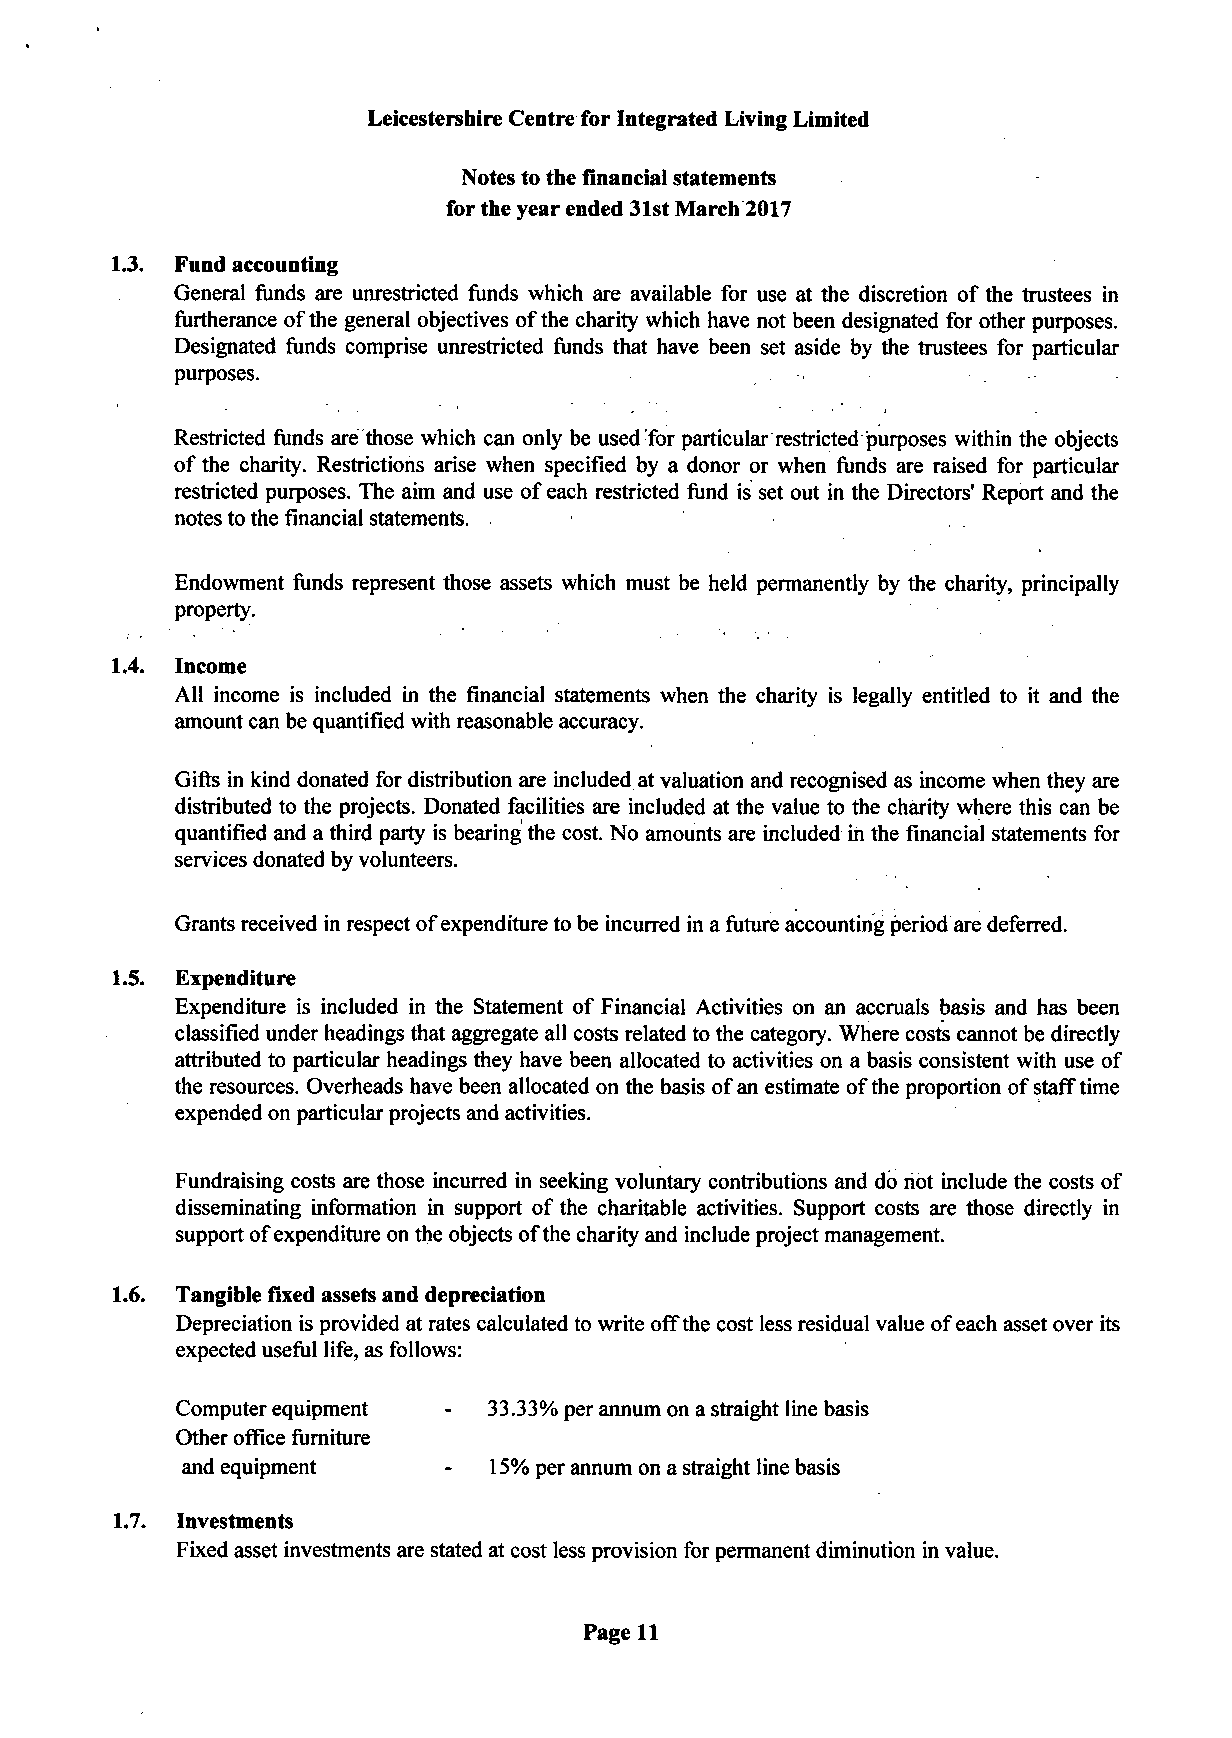
Leicestershire Centre for Integrated Living Limited
 Notes to the financial statements
 for the year ended 31st March 2017
 1.3. Fund accounting
 General funds are unrestricted funds which are available for use at the discretion of the trustees in
 furtherance of the general objectives of the charity which have not been designated for other purposes.
 Designated funds comprise unrestricted funds that have been set aside by the trustees for particular
 purposes.
 Restricted funds are those which can only be used for particular restricted purposes within the objects
 of the charity. Restrictions arise when specified by a donor or when funds are raised for particular
 restricted purposes. The aim and use of each restricted fund is set out in the Directors' Report and the
 notes to the financial statements.
 Endowment funds represent those assets which must be held permanently by the charity, principally
 property.
 1.4. Income
 All income is included in the financial statements when the charity is legally entitled to it and the
 amount can be quantified with reasonable accuracy.
 Gifts in kind donated for distribution are included at valuation and recognised as income when they are
 distributed to the projects. Donated facilities are included at the value to the charity where this can be
 quantified and a third party is bearing the cost. No amounts are included in the financial statements for
 services donated by volunteers.
 Grants received in respect of expenditure to be incurred in a future accounting period are deferred.
 1.5. Expenditure
 Expenditure is included in the Statement of Financial Activities on an accruals basis and has been
 classified under headings that aggregate all costs related to the category. Where costs cannot be directly
 attributed to particular headings they have been allocated to activities on a basis consistent with use of
 the resources. Overheads have been allocated on the basis of an estimate of the proportion of staff time
 expended on particular projects and activities.
 Fundraising costs are those incurred in seeking voluntary contributions and do not include the costs of
 disseminating information in support of the charitable activities. Support costs are those directly in
 support of expenditure on the objects of the charity and include project management.
 1.6. Tangible fixed assets and depreciation
 Depreciation is provided at rates calculated to write off the cost less residual value of each asset over its
 expected useful life, as follows:
 Computer equipment - 33.33% per annum on a straight line basis
 Other office furniture
 and equipment     -  15% per annum on a straight line basis
 1.7. Investments
 Fixed asset investments are stated at cost less provision for permanent diminution in value.
 Page 11